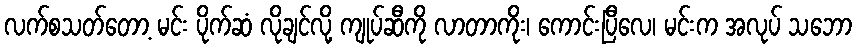
လက်စသတ်တော့ မင်း ပိုက်ဆံ လိုချင်လို့ ကျုပ်ဆီကို လာတာကိုး၊ ကောင်းပြီလေ၊ မင်းက အလုပ် သဘော